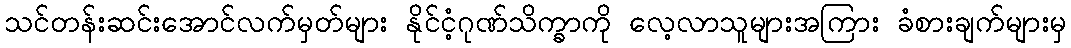
သင်တန်းဆင်းအောင်လက်မှတ်များ နိုင်ငံ့ဂုဏ်သိက္ခာကို လေ့လာသူများအကြား ခံစားချက်များမှ